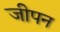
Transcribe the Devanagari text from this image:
जीपन